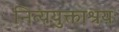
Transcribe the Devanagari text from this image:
नित्ययुक्ताश्रयः